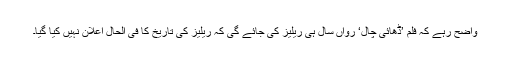
واضح رہے کہ فلم ’ڈھائی چال‘ رواں سال ہی ریلیز کی جائے گی کہ ریلیز کی تاریخ کا فی الحال اعلان نہیں کیا گیا۔